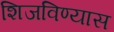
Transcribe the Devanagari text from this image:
शिजविण्यास